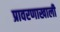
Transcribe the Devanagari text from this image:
प्रावरणाखाली